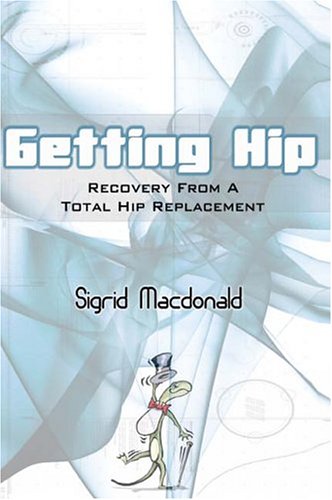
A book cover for Getting Hip: Recovery From A Total Hip Replacement; Sigrid Macdonald; Health, Fitness & Dieting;